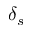
\delta _ { s }